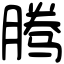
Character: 腾